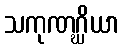
သကုဏဂ္ဃိယာ